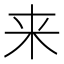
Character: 来